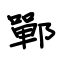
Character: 鄲